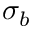
\sigma _ { b }